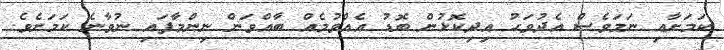
ކަމަށާއި ނަމަވެސް އެދުވަހު އިދިކޮޅުން ބޮޑު އެއްވުމެއް ބާއްވަން ނިންމާފައި ނުވާނެ ކަމަށެވެ.